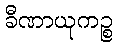
ခီဏာယုကဉ္စ